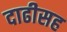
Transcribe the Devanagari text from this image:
दाढीसह